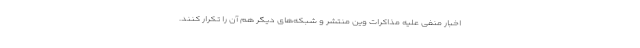
اخبار منفی علیه مذاکرات وین منتشر و شبکه‌های دیگر هم آن را تکرار کنند.